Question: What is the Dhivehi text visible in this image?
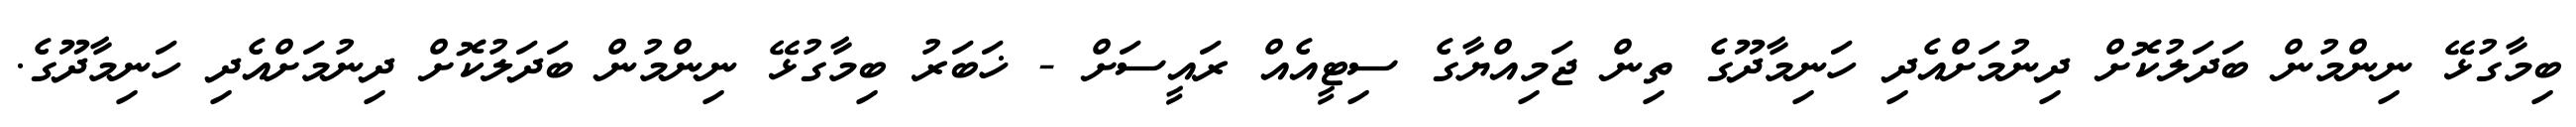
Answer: ބިމާގުޅޭ ނިންމުން ބަދަލުކޮށް ދިނުމަށްއެދި ހަނިމާދޫގެ ތިން ޖަމިއްޔާގެ ސިޓީއެއް ރައީސަށް - ޚަބަރު ބިމާގުޅޭ ނިންމުން ބަދަލުކޮށް ދިނުމަށްއެދި ހަނިމާދޫގެ.